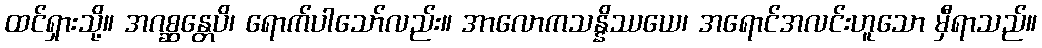
ထင်ရှားသို့။ အဂစ္ဆန္တေပိ၊ ရောက်ပါသော်လည်း။ အာလောကသန္နိဿယေ၊ အရောင်အလင်းဟူသော မှီရာသည်။